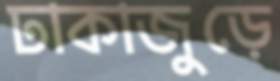
ঢাকাজুড়ে